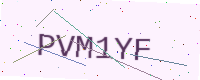
Text: PVM1YF